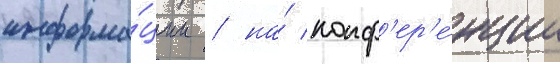
информа́ции / на́ конф'ер'е́нции